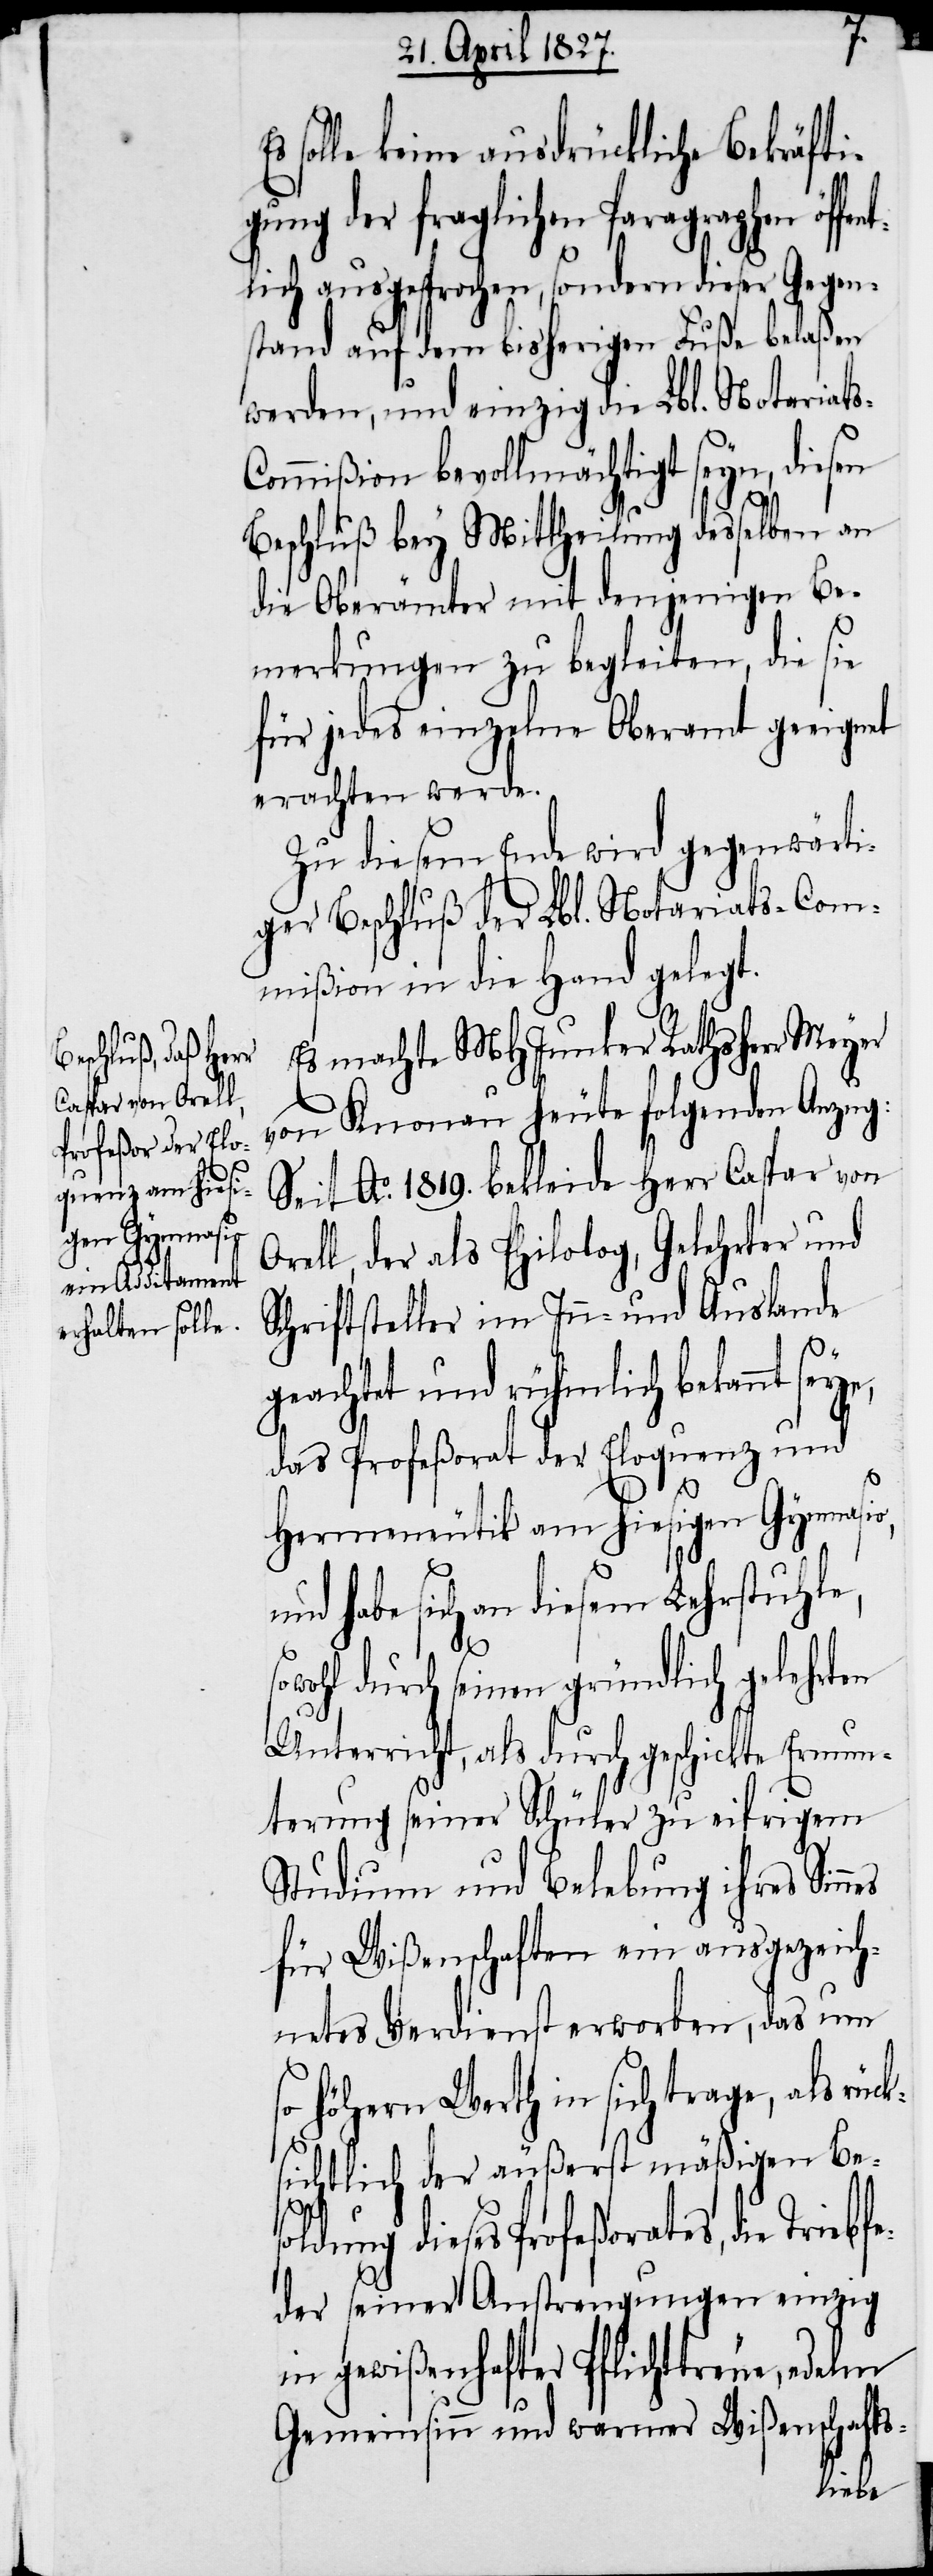
Es machte MHJunker Rathsherr Meyer
von Knonau heute folgenden Anzug:
Seit Ao. 1819. bekleide Herr Caspar von
Orell, der als Philolog, Gelehrter und
Schriftsteller im Inn- und Auslande
geachtet und rühmlich bekannt
das Profeßorat der Eloquenz und
Hermeneutik am hiesigen Gymnasio,
und habe sich an diesem Lehrstuhle,
nes
owohl durch seinen gründlich gelehrten
Unterricht, als durch geschickte Ermun¬
terung seiner Schüler zu eifrigem
Studium und Belebung ihres Sin¬
für Wißenschaften ein ausgezeich¬
netes Verdienst erworben, das um
so höhern Werth in sich trage, als rüc¬
ksichtlich der äußerst mäßigen Beso¬
ldung dieses Profeßorates, die
der seiner Anstrengungen einzig
in gewißenhafter Pflichttreue, edeln
Gemeinsinn und warmer Wißenschafts-
Triebfe¬